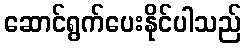
ဆောင်ရွက်ပေးနိုင်ပါသည်